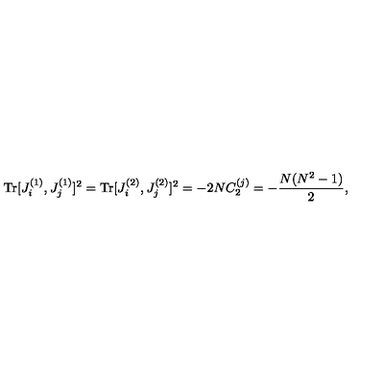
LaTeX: \mathrm { T r } [ J _ { i } ^ { ( 1 ) } , J _ { j } ^ { ( 1 ) } ] ^ { 2 } = \mathrm { T r } [ J _ { i } ^ { ( 2 ) } , J _ { j } ^ { ( 2 ) } ] ^ { 2 } = - 2 N C _ { 2 } ^ { ( j ) } = - \frac { N ( N ^ { 2 } - 1 ) } { 2 } ,